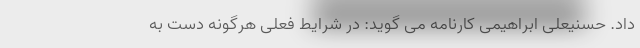
داد. حسنیعلی ابراهیمی کارنامه می گوید: در شرایط فعلی هرگونه دست به